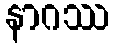
နာဂဿ